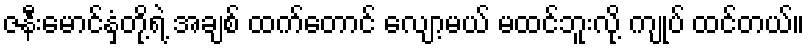
ဇနီးမောင်နှံတို့ရဲ့ အချစ် ထက်တောင် လျော့မယ် မထင်ဘူးလို့ ကျုပ် ထင်တယ်။